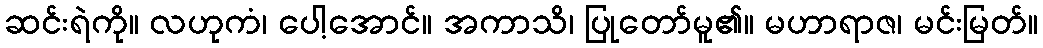
ဆင်းရဲကို။ လဟုကံ၊ ပေါ့အောင်။ အကာသိ၊ ပြုတော်မူ၏။ မဟာရာဇ၊ မင်းမြတ်။